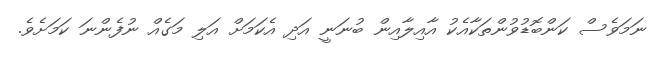
ނަމަވެސް ކަންބޮޑުވުންތަކާއެކު އާއިލާއިން ބުނަނީ އަދި އެކަމަށް އަލި މަގެއް ނުފެންނަ ކަމަށެވެ.